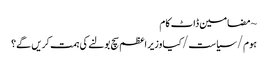
~ مضامین ڈاٹ کام
ہوم/سیاست/کیا وزیر اعظم سچ بولنے کی ہمت کریں گے؟